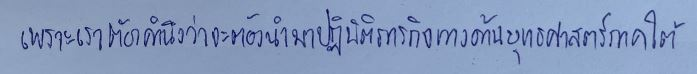
เพราะเราต้องคำนึงว่าจะต้องนำมาปฏิบัติภารกิจทางด้านยุทธศาสตร์ภาคใต้